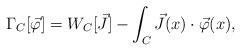
LaTeX: \begin{align*}\Gamma_C [\vec{\varphi}] = W_C [\vec{J}] - \int_C \vec{J} (x) \cdot \vec{\varphi} (x) , \end{align*}